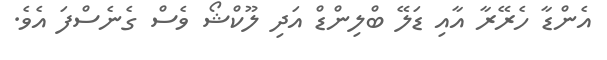
އެންޑާ ހެރޭރާ އާއި ޑަލޭ ބްލިންޑް އަދި ލޫކްޝޯ ވެސް ގެނެސްފަ އެވެ.